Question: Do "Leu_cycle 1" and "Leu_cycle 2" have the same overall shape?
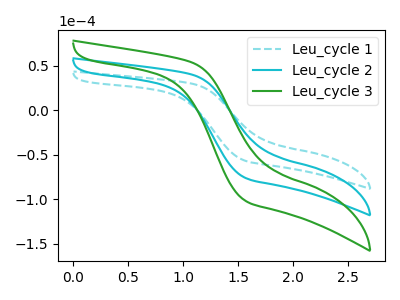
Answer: <think>The cyan dashed curve "Leu_cycle 1" has no peaks. The cyan curve "Leu_cycle 2" has no peaks. The green curve "Leu_cycle 3" has no peaks.
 Neither "Leu_cycle 1" or "Leu_cycle 2" have any peaks.</think>
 <answer>"Leu_cycle 1" and "Leu_cycle 2" are similar in shape.</answer>
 <eval>same_shape</eval>